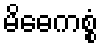
မိဓေကစ္စံ